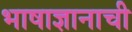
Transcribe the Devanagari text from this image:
भाषाज्ञानाची